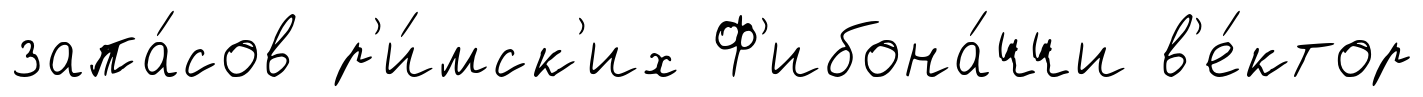
запа́сов р'и́мск'их Ф'ибона́ччи в'е́ктор